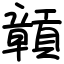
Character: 贑